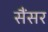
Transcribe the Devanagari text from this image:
सैंसर